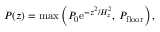
P ( z ) = \mathrm { m a x } \left( P _ { 0 } \mathrm { e } ^ { - z ^ { 2 } / H _ { z } ^ { 2 } } , \: P _ { \mathrm { f l o o r } } \right) ,